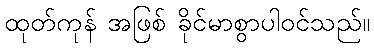
ထုတ်ကုန် အဖြစ် ခိုင်မာစွာပါဝင်သည်။